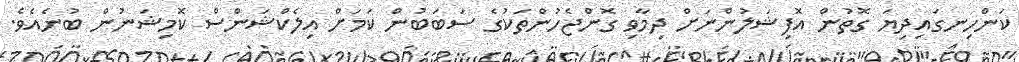
ކަންހިނގައިދިޔަ ގޮތުން އޮފިޝަލުންނަށް ދިމާވި ގޮންޖެހުންތަކުގެ ސަބަބުން ކަމަށް އިލެކްޝަންސް ކޮމިޝަނުން ބުނެއެވެ.